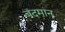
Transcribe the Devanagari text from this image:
बदमान